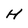
Character: H